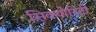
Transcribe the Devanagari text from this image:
सिक्‍योरिटी